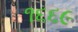
૧૬૬૯